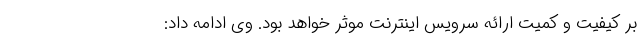
بر کیفیت و کمیت ارائه سرویس اینترنت موثر خواهد بود. وی ادامه داد: